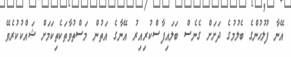
އޭނާ ފުލުހުންގެ ބެލުމުގެ ދަށަށް ގެނެސް ބަލައިފާސްކުރިއިރު އޭނާގެ އަތުން މަސްތުވާތަކެތިކަމަށް ޝައްކުކުރެވޭ